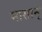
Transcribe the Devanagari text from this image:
मासान्